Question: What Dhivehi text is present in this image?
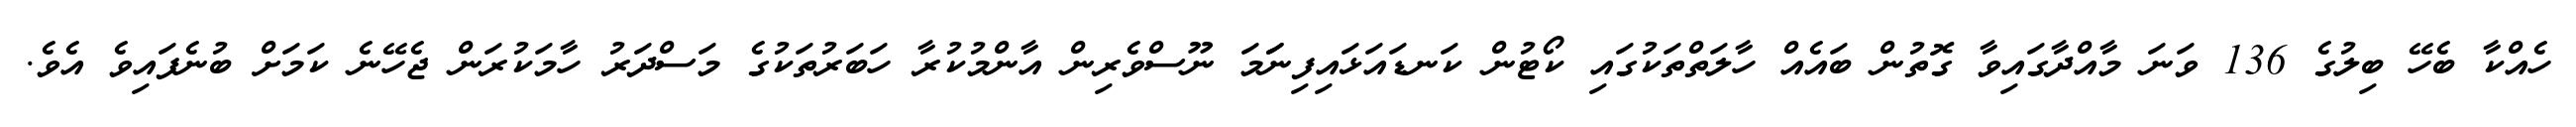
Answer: ހެއްކާ ބެހޭ ބިލުގެ 136 ވަނަ މާއްދާގައިވާ ގޮތުން ބައެއް ހާލަތްތަކުގައި ކޯޓުން ކަނޑައަޅައިފިނަަމަ ނޫސްވެރިން އާންމުކުރާ ހަބަރުތަކުގެ މަސްދަރު ހާމަކުރަން ޖެހޭނެ ކަމަށް ބުނެފައިވެ އެވެ.